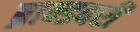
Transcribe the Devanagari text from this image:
ब्रान्डबरी